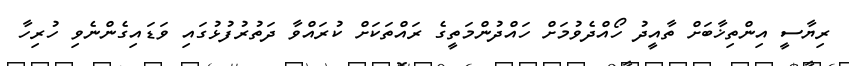
ރިޔާސީ އިންތިޚާބަށް ތާއީދު ހޯއްދެވުމަށް ހައްދުންމަތީގެ ރައްތަކަށް ކުރައްވާ ދަތުރުފުޅުގައި ވަޑައިގެންނެވި ހުރިހާ